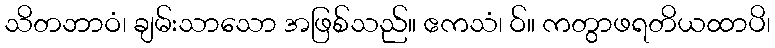
သိတဘာဝံ၊ ချမ်းသာသော အဖြစ်သည်။ ဧကသံ၊ ဝ်။ ကတွာဖရတိယထာပိ၊